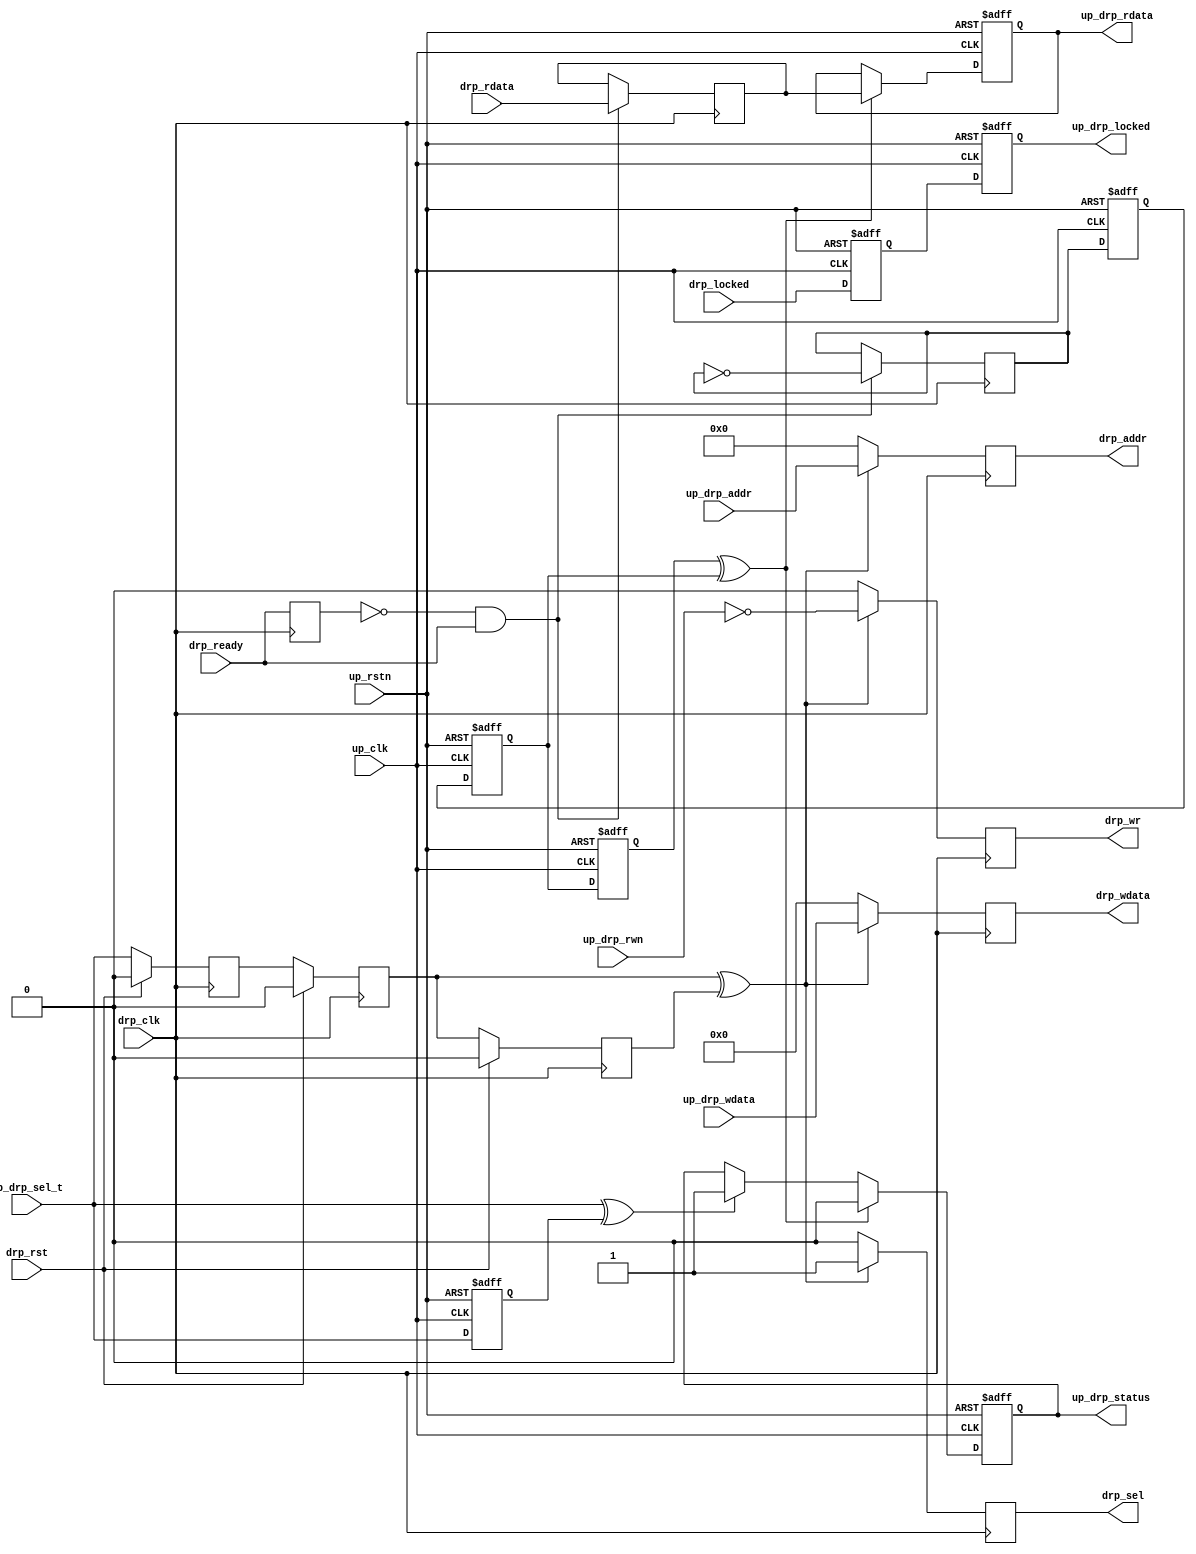
module up_drp_cntrl (

  // drp interface

  drp_clk,
  drp_rst,
  drp_sel,
  drp_wr,
  drp_addr,
  drp_wdata,
  drp_rdata,
  drp_ready,
  drp_locked,

  // processor interface

  up_rstn,
  up_clk,
  up_drp_sel_t,
  up_drp_rwn,
  up_drp_addr,
  up_drp_wdata,
  up_drp_rdata,
  up_drp_status,
  up_drp_locked);

  // drp interface

  input           drp_clk;
  input           drp_rst;
  output          drp_sel;
  output          drp_wr;
  output  [11:0]  drp_addr;
  output  [15:0]  drp_wdata;
  input   [15:0]  drp_rdata;
  input           drp_ready;
  input           drp_locked;

  // processor interface

  input           up_rstn;
  input           up_clk;
  input           up_drp_sel_t;
  input           up_drp_rwn;
  input   [11:0]  up_drp_addr;
  input   [15:0]  up_drp_wdata;
  output  [15:0]  up_drp_rdata;
  output          up_drp_status;
  output          up_drp_locked;

  // internal registers

  reg             drp_sel_t_m1 = 'd0;
  reg             drp_sel_t_m2 = 'd0;
  reg             drp_sel_t_m3 = 'd0;
  reg             drp_sel = 'd0;
  reg             drp_wr = 'd0;
  reg     [11:0]  drp_addr = 'd0;
  reg     [15:0]  drp_wdata = 'd0;
  reg             drp_ready_int = 'd0;
  reg     [15:0]  drp_rdata_int = 'd0;
  reg             drp_ack_t = 'd0;
  reg             up_drp_locked_m1 = 'd0;
  reg             up_drp_locked = 'd0;
  reg             up_drp_ack_t_m1 = 'd0;
  reg             up_drp_ack_t_m2 = 'd0;
  reg             up_drp_ack_t_m3 = 'd0;
  reg             up_drp_sel_t_d = 'd0;
  reg             up_drp_status = 'd0;
  reg     [15:0]  up_drp_rdata = 'd0;

  // internal signals

  wire            drp_sel_t_s;
  wire            up_drp_ack_t_s;
  wire            up_drp_sel_t_s;

  // drp control and status

  assign drp_sel_t_s = drp_sel_t_m2 ^ drp_sel_t_m3;

  always @(posedge drp_clk) begin
    if (drp_rst == 1'b1) begin
      drp_sel_t_m1 <= 'd0;
      drp_sel_t_m2 <= 'd0;
      drp_sel_t_m3 <= 'd0;
    end else begin
      drp_sel_t_m1 <= up_drp_sel_t;
      drp_sel_t_m2 <= drp_sel_t_m1;
      drp_sel_t_m3 <= drp_sel_t_m2;
    end
  end

  always @(posedge drp_clk) begin
    if (drp_sel_t_s == 1'b1) begin
      drp_sel <= 1'b1;
      drp_wr <= ~up_drp_rwn;
      drp_addr <= up_drp_addr;
      drp_wdata <= up_drp_wdata;
    end else begin
      drp_sel <= 1'b0;
      drp_wr <= 1'b0;
      drp_addr <= 12'd0;
      drp_wdata <= 16'd0;
    end
  end

  always @(posedge drp_clk) begin
    drp_ready_int <= drp_ready;
    if ((drp_ready_int == 1'b0) && (drp_ready == 1'b1)) begin
      drp_rdata_int <= drp_rdata;
      drp_ack_t <= ~drp_ack_t;
    end
  end


  // drp status transfer

  assign up_drp_ack_t_s = up_drp_ack_t_m3 ^ up_drp_ack_t_m2;
  assign up_drp_sel_t_s = up_drp_sel_t ^ up_drp_sel_t_d;

  always @(negedge up_rstn or posedge up_clk) begin
    if (up_rstn == 1'b0) begin
      up_drp_locked_m1 <= 'd0;
      up_drp_locked <= 'd0;
      up_drp_ack_t_m1 <= 'd0;
      up_drp_ack_t_m2 <= 'd0;
      up_drp_ack_t_m3 <= 'd0;
      up_drp_sel_t_d <= 'd0;
      up_drp_status <= 'd0;
      up_drp_rdata <= 'd0;
    end else begin
      up_drp_locked_m1 <= drp_locked;
      up_drp_locked <= up_drp_locked_m1;
      up_drp_ack_t_m1 <= drp_ack_t;
      up_drp_ack_t_m2 <= up_drp_ack_t_m1;
      up_drp_ack_t_m3 <= up_drp_ack_t_m2;
      up_drp_sel_t_d <= up_drp_sel_t;
      if (up_drp_ack_t_s == 1'b1) begin
        up_drp_status <= 1'b0;
      end else if (up_drp_sel_t_s == 1'b1) begin
        up_drp_status <= 1'b1;
      end
      if (up_drp_ack_t_s == 1'b1) begin
        up_drp_rdata <= drp_rdata_int;
      end
    end
  end

endmodule